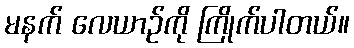
မနက် လေယာဉ်ကို ကြိုက်ပါတယ်။